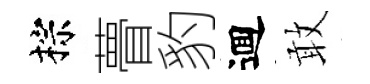
棕瞢豹逥敢